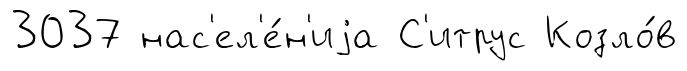
3037 нас'ел'е́н'иjа С'итрус Козло́в